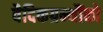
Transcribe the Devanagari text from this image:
वैदिकग्रन्थौंको